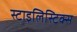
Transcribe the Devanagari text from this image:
स्टाइलिस्टिक्स